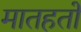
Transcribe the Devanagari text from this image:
मातहतों